Report of the Hyderabad Chloroform Commission
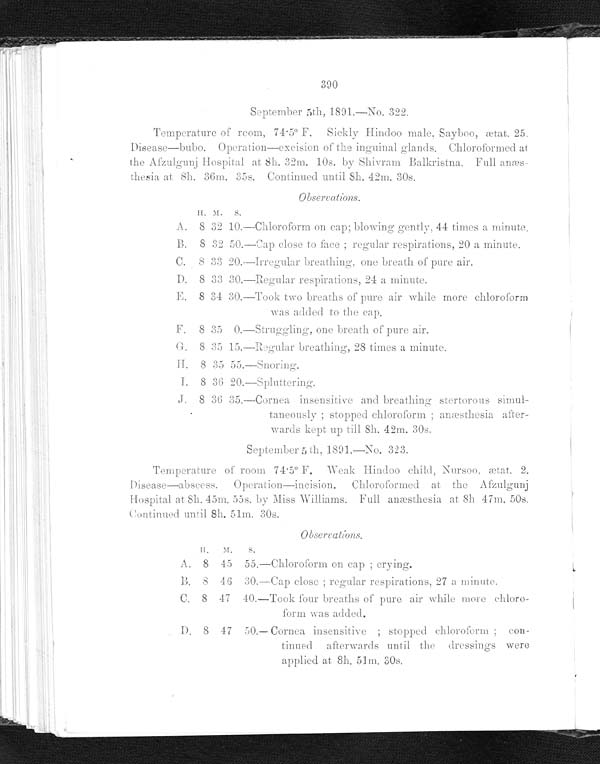
390
•
September 5th, 1891.—No. 322.
Temperature of room, 74 . 5° F. Sickly Hindoo male, Sayboo, ætat. 25.
Disease-bubo. Operation—excision of the inguinal glands. Chloroformed at
the Afzulgunj Hospital at 8h. 32m. 10s. by Shivram Balkristna, Full
anæsthesia at 8h. 36m. 35s. Continued until 8h. 42m. 30s.
Observations.
H . M . S .
A. 8 32 10.—Chloroform on cap; blowing gently, 44 times a minute.
B. 8 32 50.—Cap close to face ; regular respirations, 20 a minute.
C. 8 33 20.—Irregular breathing, one breath of pure air.
D. 8 33 30.—Regular respirations, 24 a minute.
E.
8 34 30.—Took two breaths of pure air while more chloroform
was added to the cap.
F.
8 35 0.—Struggling, one breath of pure air.
G. 8 35 15.—Regular breathing, 28 times a minute
H.
8 35 55.—Snoring.
I. 8 36 20.-Spluttering.
J . 8 36 35. —Cor ne a i ns e ns i t i ve a nd br e a t hi ng s t e r t or ous s i mul -
taneously ; stopped chloroform ; anæsthesia after-
wards kept up till 8h. 42m. 30s.
September 5 th, 1891.—No. 323.
Temperature of room 74 . 5° F. Weak Hindoo child, Nursoo, ætat. 2.
Disease—abscess. Operation—incision. Chloroformed at the Afzulgunj
Hospital at 8h. 45m. 55s. by Miss Williams. Full anæsthesia at 8h. 47m. 50s.
Continued until 8h. 51m. 30s.
Observations.
H . M . S .
A. 8 45 55.—Chloroform on cap ; crying.
B. 8 46 30.-Cap close ; regular respirations, 27 a minute.
C. 8 47 40.—Took four breaths of pure air while more chloro-
form was added.
D. 8 47 50. — Cor nea i nsensi t i ve ; st opped chl or of or m ; con-
tinued afterwards until the dressings were
applied at 8h. 51m. 30s.